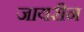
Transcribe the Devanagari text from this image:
जायरीन